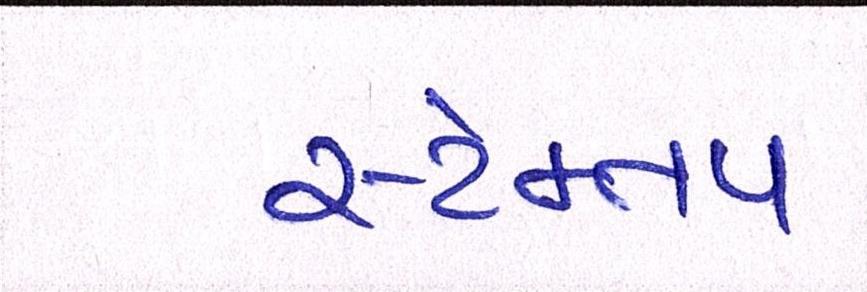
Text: સ્ટેમ્તપ